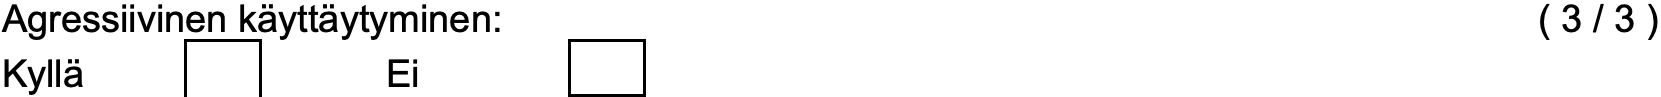
Agressiivinen käyttäytyminen:                      ( 3 / 3 ) Kyllä        Ei